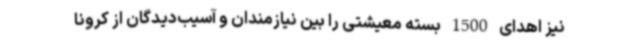
نیز اهدای 1500 بسته معیشتی را بین نیازمندان و آسیب‌دیدگان از کرونا